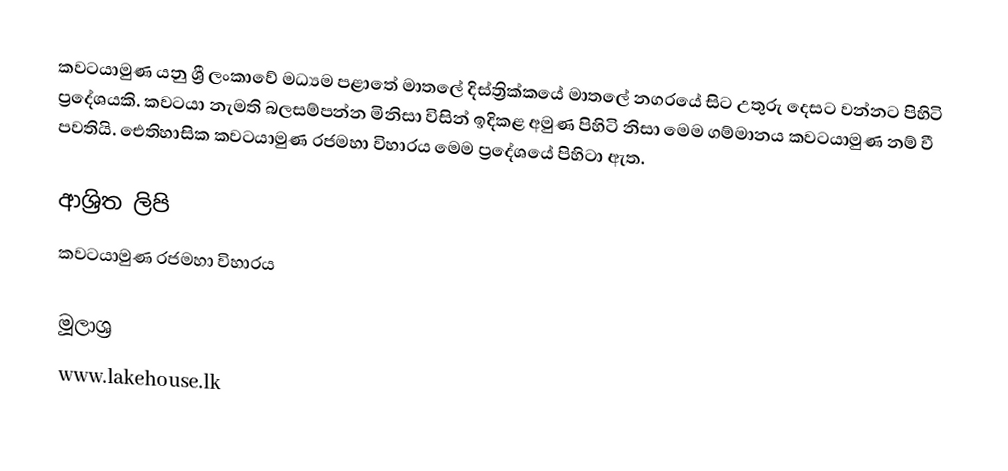
කවටයාමුණ යනු ශ්‍රී ලංකාවේ  මධ්‍යම පළාතේ මාතලේ දිස්ත්‍රික්කයේ මාතලේ නගරයේ සිට උතුරු දෙසට වන්නට පිහිටි  ප්‍රදේශයකි. කවටයා නැමති බලසම්පන්න මිනිසා විසින් ඉදිකළ අමුණ පිහිටි නිසා මෙම ගම්මානය කවටයාමුණ නම් වී පවතියි. ඓතිහාසික කවටයාමුණ රජමහා විහාරය මෙම ප්‍රදේශයේ පිහිටා ඇත.

ආශ්‍රිත ලිපි
 කවටයාමුණ රජමහා විහාරය

මූලාශ්‍ර
 www.lakehouse.lk